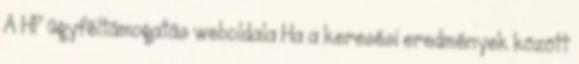
A HP ügyféltámogatás weboldala Ha a keresési eredmények között